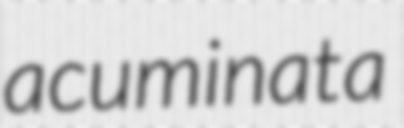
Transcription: acuminata